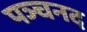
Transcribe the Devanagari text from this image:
पञ्चनद